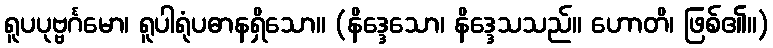
ရူပပုဗ္ဗင်္ဂမော၊ ရူပါရုံပဓာနရှိသော။ (နိဒ္ဒေသော၊ နိဒ္ဒေသသည်။ ဟောတိ၊ ဖြစ်၏။)